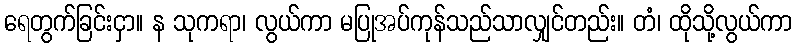
ရေတွက်ခြင်းငှာ။ န သုကရာ၊ လွယ်ကာ မပြုအပ်ကုန်သည်သာလျှင်တည်း။ တံ၊ ထိုသို့လွယ်ကာ